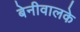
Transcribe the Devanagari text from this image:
बेनीवालके